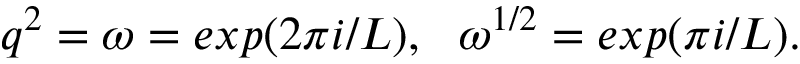
q ^ { 2 } = \omega = e x p ( 2 \pi i / L ) , ~ ~ \omega ^ { 1 / 2 } = e x p ( \pi i / L ) .